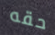
حقه